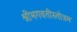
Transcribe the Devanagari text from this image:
श्रीभगवतीस्तोत्रम